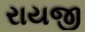
રાયજી